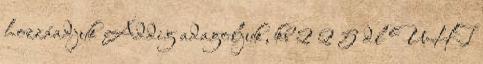
hozzáadjuk Addig adagoljuk, kb 2 2 5 dl UHT